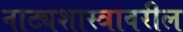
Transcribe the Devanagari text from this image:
नाट्यशास्त्रावरील